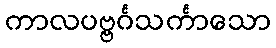
ကာလပဗ္ဗင်္ဂသင်္ကာသော